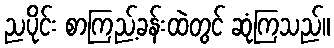
ညပိုင်း စာကြည့်ခန်းထဲတွင် ဆုံကြသည်။